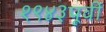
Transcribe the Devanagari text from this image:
१९४३पूर्वी